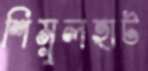
শিমুলহাট